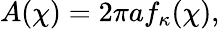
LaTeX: A(\chi)=2\pi af_{\kappa}(\chi),